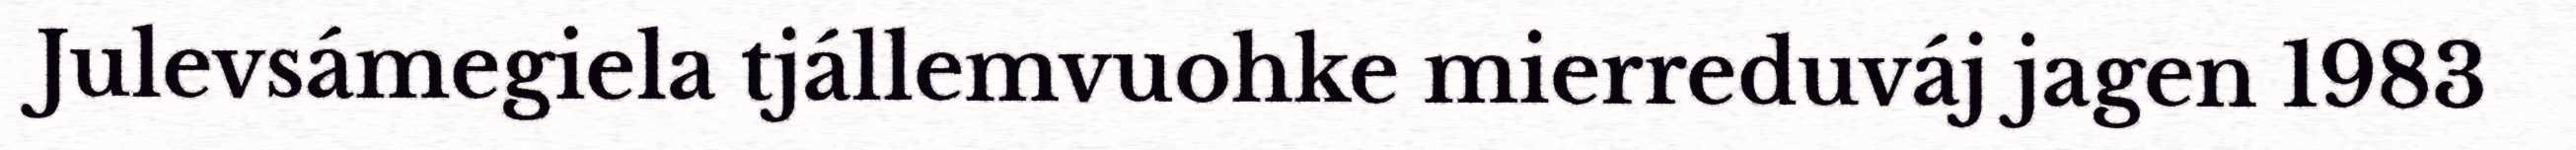
Julevsámegiela tjállemvuohke mierreduváj jagen 1983